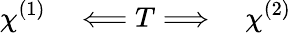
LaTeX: \chi^{(1)}\quad\Longleftarrow T\Longrightarrow\quad\chi^{(2)}